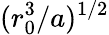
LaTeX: (r_{0}^{3}/a)^{1/2}